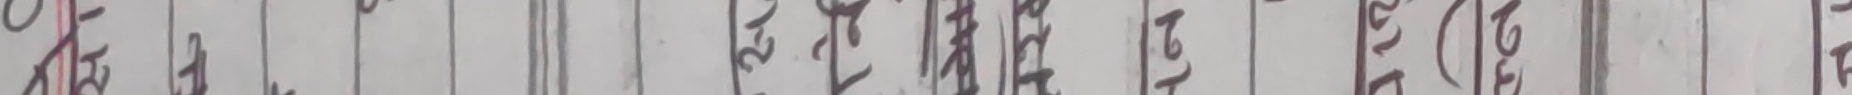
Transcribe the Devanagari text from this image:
१३ २४ ३५ ३६ (५